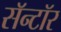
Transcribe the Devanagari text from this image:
सॅन्टॉर